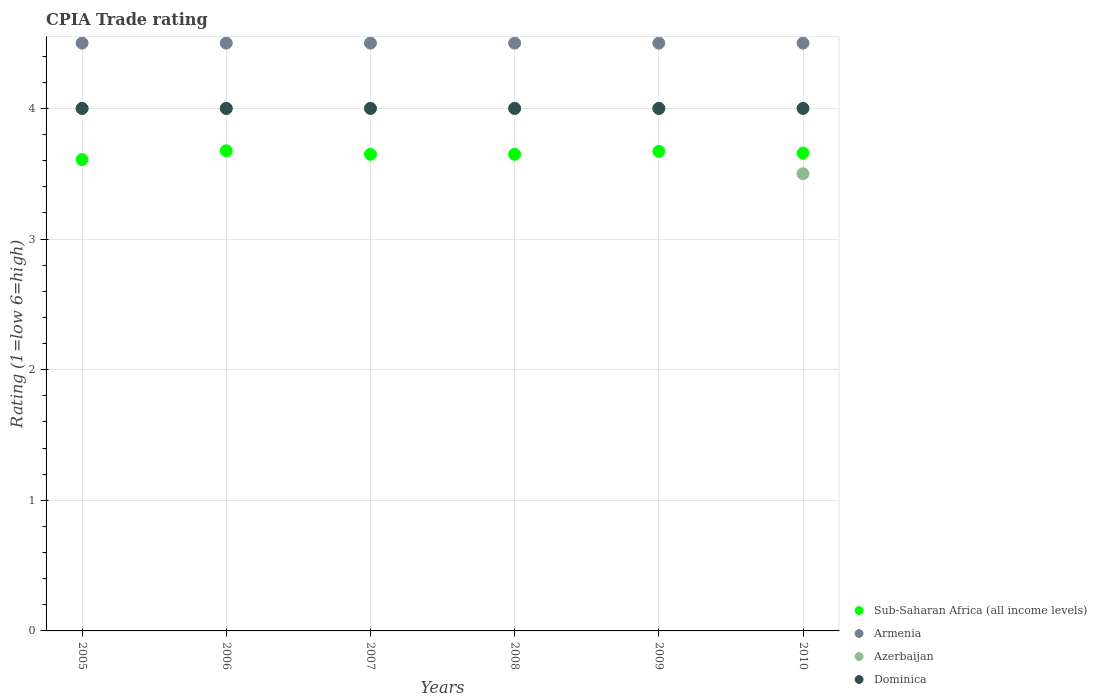
| Years | Sub-Saharan Africa (all income levels) | Armenia | Azerbaijan | Dominica |
 | --- | --- | --- | --- | --- |
 | 2005 | 3.61 | 4.5 | 4 | 4 |
 | 2006 | 3.68 | 4.5 | 4 | 4 |
 | 2007 | 3.65 | 4.5 | 4 | 4 |
 | 2008 | 3.65 | 4.5 | 4 | 4 |
 | 2009 | 3.67 | 4.5 | 4 | 4 |
 | 2010 | 3.66 | 4.5 | 3.5 | 4 |